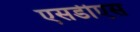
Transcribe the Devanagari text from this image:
एसडीएस